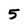
Character: 5